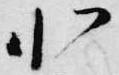
北